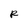
Character: R